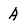
Character: A